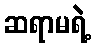
ဆရာမရဲ့